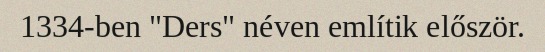
1334-ben "Ders" néven említik először.